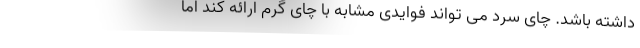
داشته باشد. چای سرد می تواند فوایدی مشابه با چای گرم ارائه کند اما